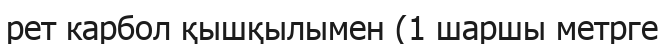
рет карбол қышқылымен (1 шаршы метрге